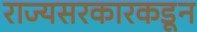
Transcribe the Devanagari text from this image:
राज्यसरकारकडून